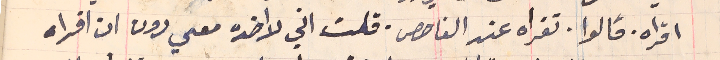
اقراه. قالوا، تقراه عند الفاحص. قلت اني لا اخده معي دون ان اقراه